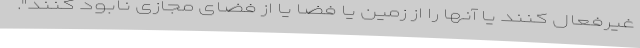
غیرفعال کنند یا آنها را از زمین یا فضا یا از فضای مجازی نابود کنند".